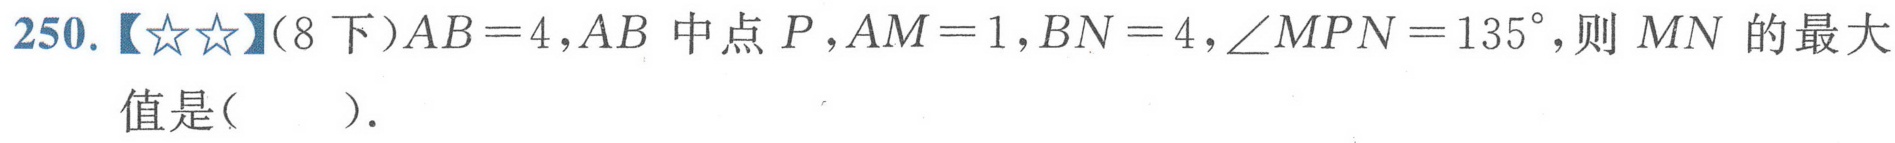
250.【★★】(8下)$AB = 4,AB$中点$P,AM = 1,BN = 4,\angle MPN = 135^{\circ}$,则$MN$的最大值是( ).